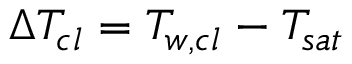
\Delta T _ { c l } = T _ { w , c l } - T _ { s a t }